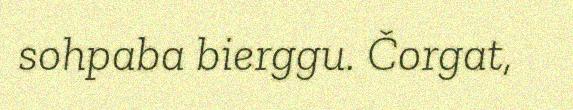
sohpaba bierggu. Čorgat,